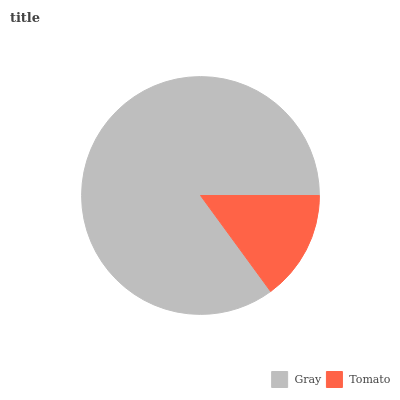
| Gray | Tomato |
 | --- | --- |
 | 85% | 15% |